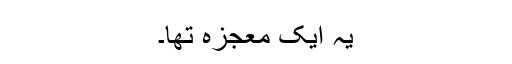
یہ ایک معجزہ تھا۔